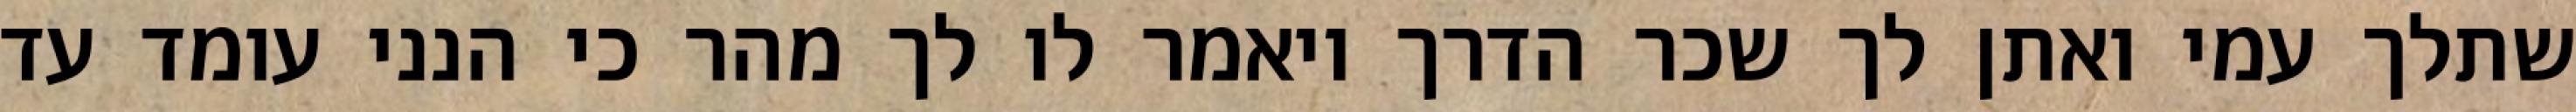
שתלך עמי ואתן לך שכר הדרך ויאמר לו לך מהר כי הנני עומד עד